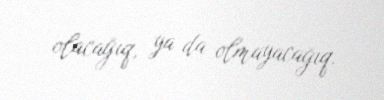
olacağıq, ya da olmayacağıq.